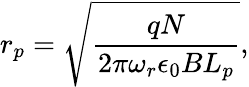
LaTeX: r_{p}=\sqrt{\frac{qN}{2\pi\omega_{r}\epsilon_{0}BL_{p}}},